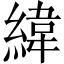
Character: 緯